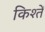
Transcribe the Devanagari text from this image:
किश्तें